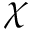
\chi